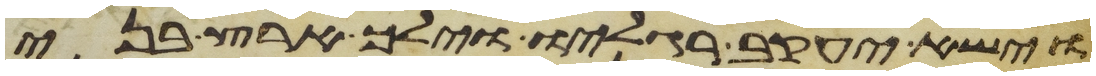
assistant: וישא יעקב רגליו וילך ארץ בני